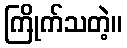
ကြိုက်သတဲ့။